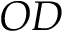
O D